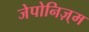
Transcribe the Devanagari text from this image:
जेपोनिज़्म